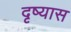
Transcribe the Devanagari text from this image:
दृष्यास